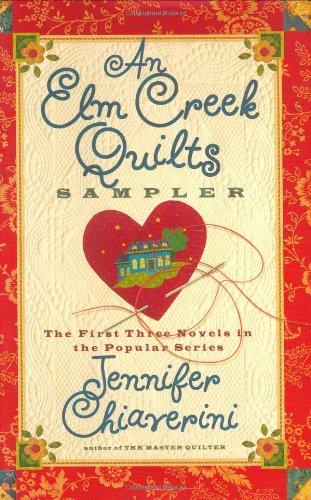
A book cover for An Elm Creek Quilts Sampler: The First Three Novels in the Popular Series (The Elm Creek Quilts); Jennifer Chiaverini; Literature & Fiction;